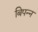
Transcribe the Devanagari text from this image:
बिपन्न